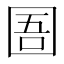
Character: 圄